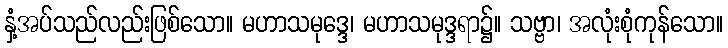
နှံ့အပ်သည်လည်းဖြစ်သော။ မဟာသမုဒ္ဒေ၊ မဟာသမုဒ္ဒရာ၌။ သဗ္ဗာ၊ အလုံးစုံကုန်သော။